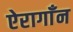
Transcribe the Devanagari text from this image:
ऐरागाँन